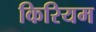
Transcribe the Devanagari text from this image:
किरियम